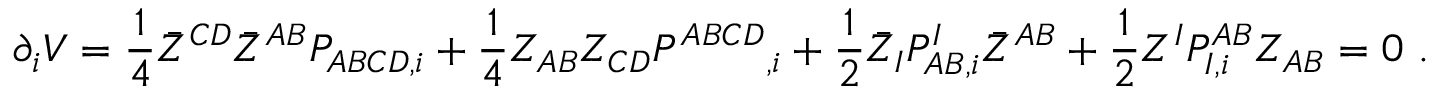
\partial _ { i } V = { \frac { 1 } { 4 } } \bar { Z } ^ { C D } \bar { Z } ^ { A B } P _ { A B C D , i } + { \frac { 1 } { 4 } } Z _ { A B } Z _ { C D } P ^ { A B C D } { } _ { , i } + { \frac { 1 } { 2 } } \bar { Z } _ { I } P _ { A B , i } ^ { I } \bar { Z } ^ { A B } + { \frac { 1 } { 2 } } Z ^ { I } P _ { I , i } ^ { A B } Z _ { A B } = 0 \ .